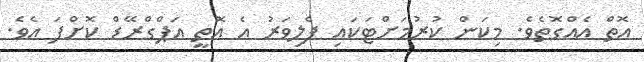
އޮތް އެއްގޮތެވެ. މިކަން ކުރުމަށްޓަކައި ފެލިވަރު އެ އޮތީ އަޕްގްރޭޑް ކޮށްފަ އެވެ.